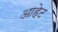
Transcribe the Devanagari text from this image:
आहेट